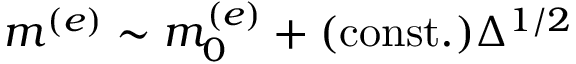
m ^ { ( e ) } \sim m _ { 0 } ^ { ( e ) } + ( \mathrm { c o n s t . } ) \Delta ^ { 1 / 2 }